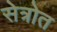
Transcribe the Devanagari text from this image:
सेत्रोत